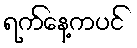
ရက်နေ့ကပင်